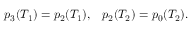
\begin{array} { r } { p _ { 3 } ( T _ { 1 } ) = p _ { 2 } ( T _ { 1 } ) , \; \; \; p _ { 2 } ( T _ { 2 } ) = p _ { 0 } ( T _ { 2 } ) . } \end{array}